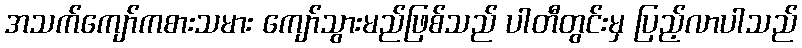
အသက်ကျော်ကစားသမား ကျော်သွားမည်ဖြစ်သည် ပါတီတွင်းမှ ပြည့်လာပါသည်